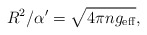
\begin{align*}R^2/\alpha' = \sqrt{4\pi n g_{\rm eff}}, \end{align*}